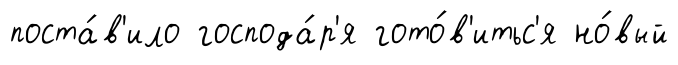
поста́в'ило господа́р'я гото́в'итьс'я но́вый